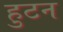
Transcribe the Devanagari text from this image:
हुटन